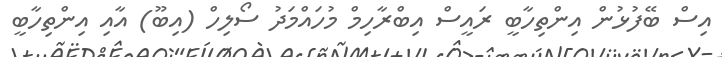
އިސް ބޭފުޅުން އިންތިހާބީ ރައީސް އިބްރާހިމް މުހައްމަދު ސޯލިހް (އިބޫ) އާއި އިންތިހާބީ